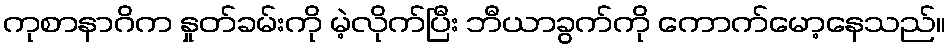
ကုစာနာဂိက နှုတ်ခမ်းကို မဲ့လိုက်ပြီး ဘီယာခွက်ကို ကောက်မော့နေသည်။